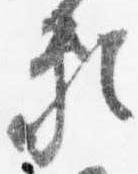
頼